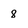
Character: 8